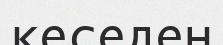
кеседен